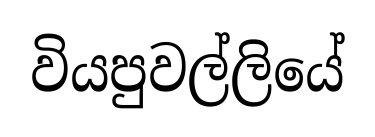
වියපුවල්ලියේ